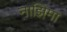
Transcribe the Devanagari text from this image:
नाझिमा